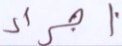
اجراء